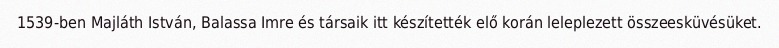
1539-ben Majláth István, Balassa Imre és társaik itt készítették elő korán leleplezett összeesküvésüket.